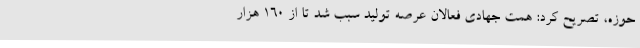
حوزه، تصریح کرد: همت جهادی فعالان عرصه تولید سبب شد تا از 160 هزار